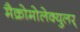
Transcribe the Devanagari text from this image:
मैक्रोमोलेक्युलर्